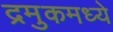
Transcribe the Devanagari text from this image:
द्रमुकमध्ये